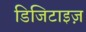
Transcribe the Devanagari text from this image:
डिजिटाइज़